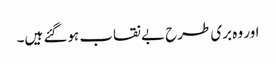
اور وہ بری طرح بے نقاب ہوگئے ہیں۔